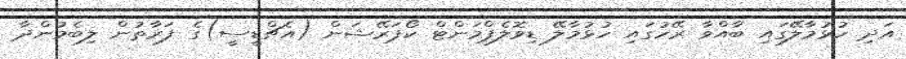
އަދި ހުޅުމާލޭގައި ބާއްވާ ރޭހުގައި ހުޅުމާލޭ ޑިވޮލެޕްމަންޓް ކޯޕަރޭޝަން (އެޗްޑީސީ)ގެ ފަރާތުން ލިބެމުންދާ